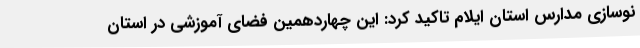
نوسازی مدارس استان ایلام تاکید کرد: این چهاردهمین فضای آموزشی در استان